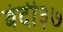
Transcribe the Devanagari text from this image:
बंदी३७